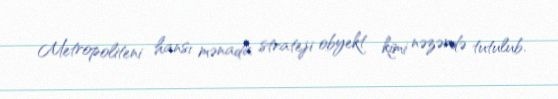
Metropoliteni hansı mənada strateji obyekt kimi nəzərdə tutulub.